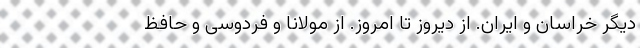
دیگر خراسان و ایران. از دیروز تا امروز. از مولانا و فردوسی و حافظ